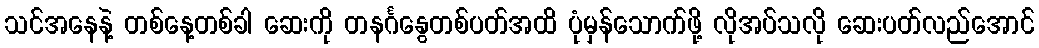
သင်အနေနဲ့ တစ်နေ့တစ်ခါ ဆေးကို တနင်္ဂနွေတစ်ပတ်အထိ ပုံမှန်သောက်ဖို့ လိုအပ်သလို ဆေးပတ်လည်အောင်